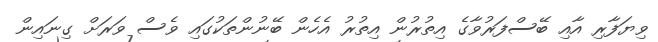
ވިޔަފާރި އާއި ބޭސްފަރުވާގެ އިތުރުން އިތުރު އެހެން ބޭނުންތަކުގައި ވެސް ވަރަށް ގިނައިން